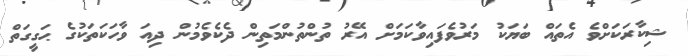
ޝިކާރަކަށްވެ އެތައް ބަޔަކު މަރުވެފައިވާކަމަށް އޭރު ތުންތުންމަތިން ދެކެވެމުން ދިއަ ވާހަކަތަކުގެ ޙަގީގަތް